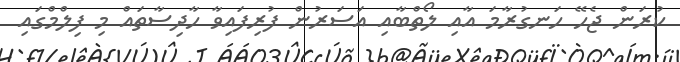
ކުރަން ޖެހޭ ހަނގުރާމަ އާއި ލޯތްބާއި އަސަރުން ފުރިފައިވާ ހާދިސާތައް މި ފިލްމްގައި